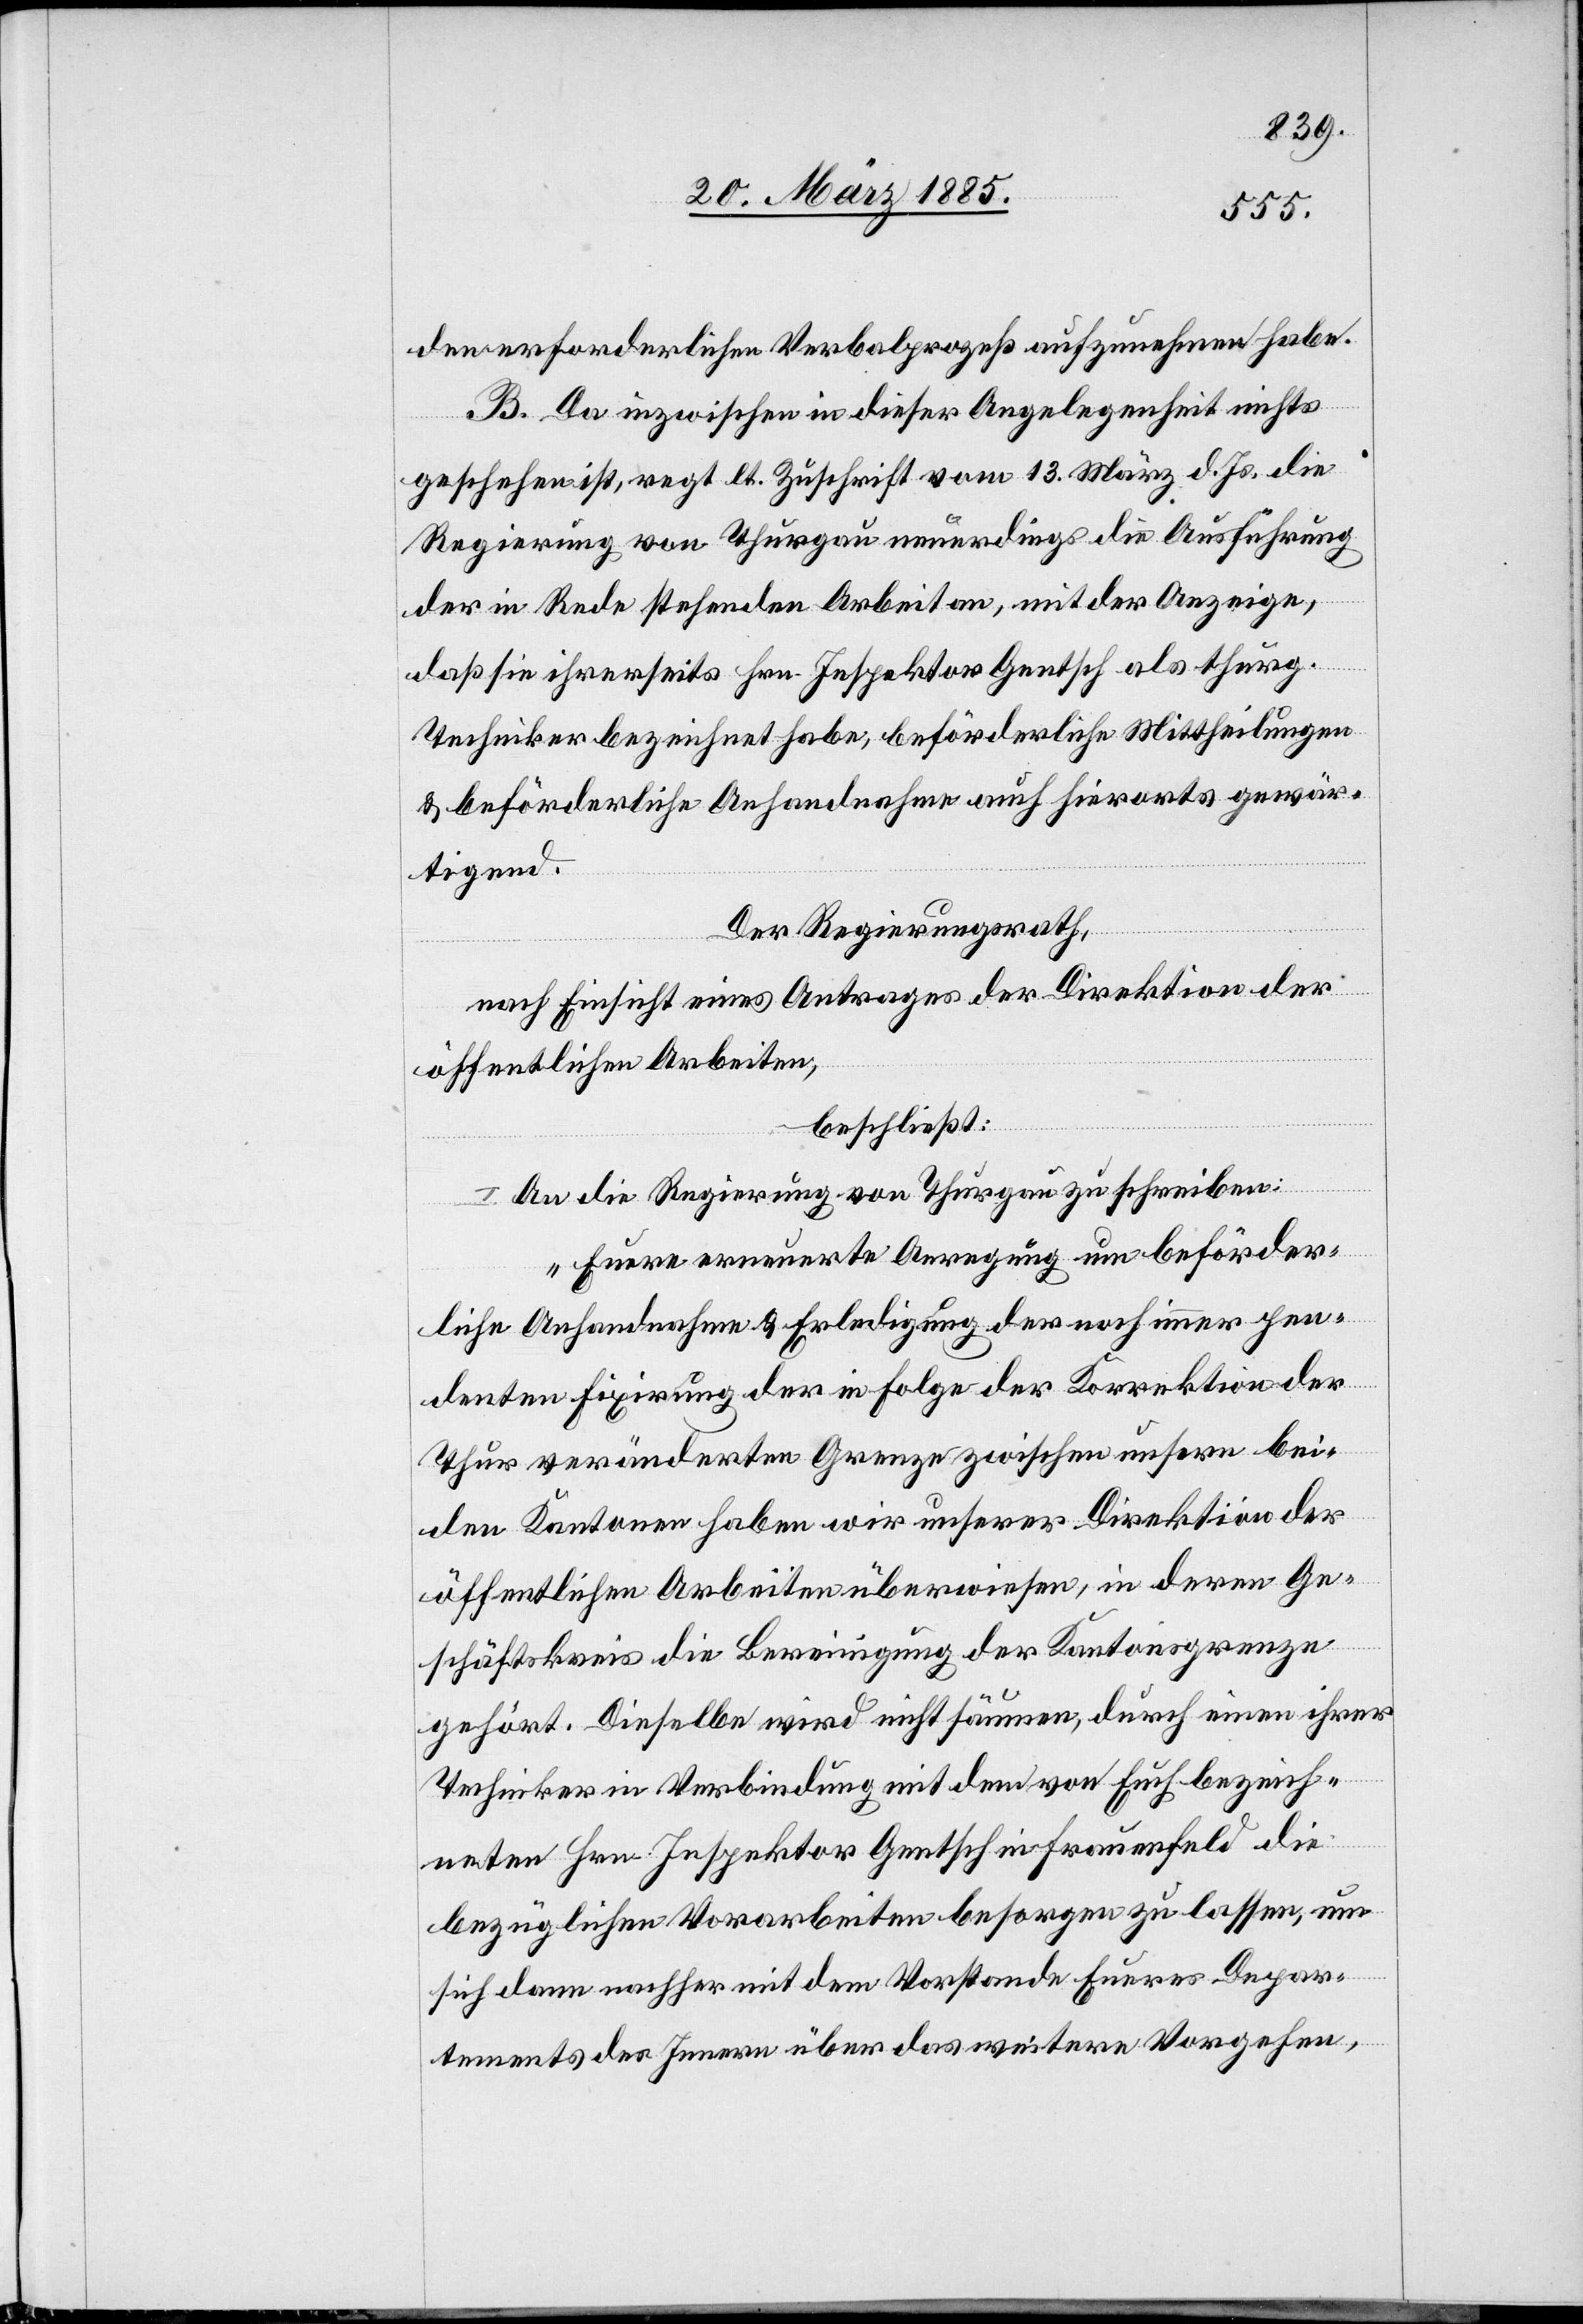
den erforderlichen Verbalprozeß aufzunehmen habe.
B. Da inzwischen in dieser Angelegenheit nichts
geschehen ist, regt lt. Zuschrift vom 13. März d. Js, die
Regierung von Thurgau neuerdings die Ausführung
der in Rede stehenden Arbeit an, mit der Anzeige,
daß sie ihrerseits Hrn. Inspektor Gentsch als thurg.
Techniker bezeichnet habe, beförderliche Mittheilungen
& beförderliche Anhandnahme auch hierorts gewär¬
tigend.
Der Regierungsrath,
nach Einsicht eines Antrages der Direktion der
öffentlichen Arbeiten,
beschließt:
An die Regierung von Thurgau zu schreiben:
„Euere erneuerte Anregung um beförder¬
liche Anhandnahme & Erledigung der noch immer pen¬
denten Fixirung der in Folge der Korrektion der
Thur veränderten Grenze zwischen unsern bei¬
den Kantonen haben wir unserer Direktion der
öffentlichen Arbeiten überwiesen, in deren Ge¬
schäftskreis die Bereinigung der Kantonsgrenze
gehört. Dieselbe wird nicht säumen, durch einen ihrer
Techniker in Verbindung mit dem von Euch bezeich¬
neten Hrn. Inspektor Gentsch in Frauenfeld die
bezüglichen Vorarbeiten besorgen zu lassen, um
sich dann nachher mit dem Vorstande Eueres Depar¬
tements des Innern über das weitere Vorgehen,